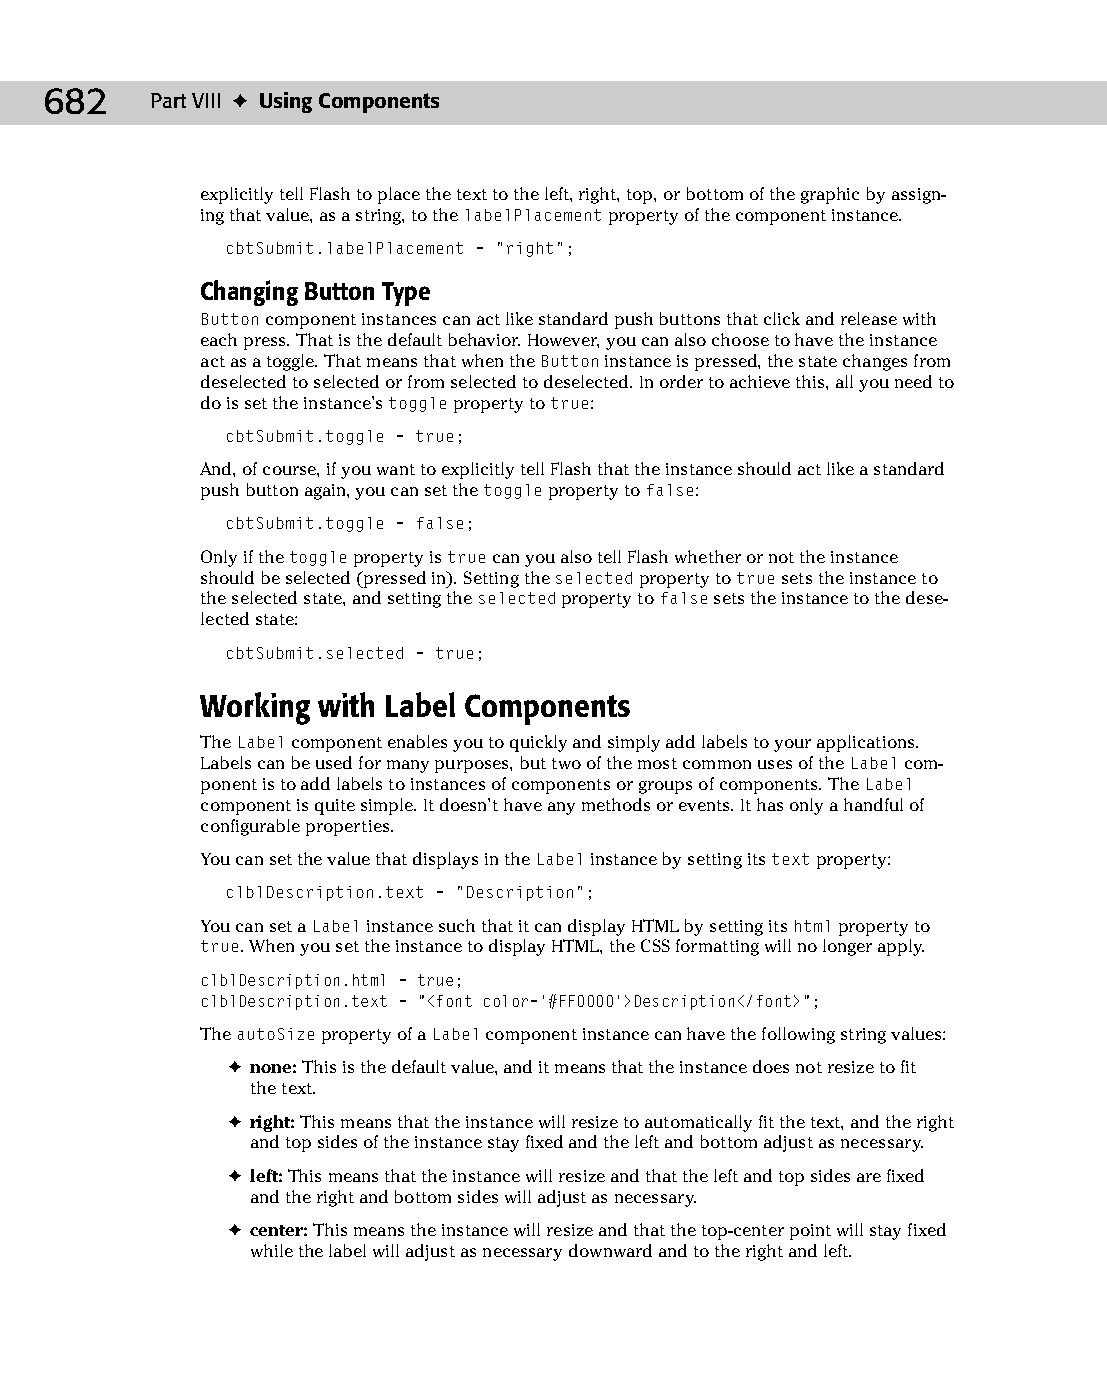
37 543547 ch28.qxd 3/24/04 4:08 PM Page 682
 682    Part VIII ✦ Using Components
 explicitly tell Flash to place the text to the left, right, top, or bottom of the graphic by assign­
 ing that value, as a string, to the labelPlacement property of the component instance.
 cbtSubmit.labelPlacement = “right”;
 Changing Button Type
 Button component instances can act like standard push buttons that click and release with
 each press. That is the default behavior. However, you can also choose to have the instance
 act as a toggle. That means that when the Button instance is pressed, the state changes from
 deselected to selected or from selected to deselected. In order to achieve this, all you need to
 do is set the instance’s toggle property to true:
 cbtSubmit.toggle = true;
 And, of course, if you want to explicitly tell Flash that the instance should act like a standard
 push button again, you can set the toggle property to false:
 cbtSubmit.toggle = false;
 Only if the toggle property is true can you also tell Flash whether or not the instance
 should be selected (pressed in). Setting the selected property to true sets the instance to
 the selected state, and setting the selected property to false sets the instance to the dese­
 lected state:
 cbtSubmit.selected = true;
 Working with Label Components
 The Label component enables you to quickly and simply add labels to your applications.
 Labels can be used for many purposes, but two of the most common uses of the Label com­
 ponent is to add labels to instances of components or groups of components. The Label
 component is quite simple. It doesn’t have any methods or events. It has only a handful of
 configurable properties.
 You can set the value that displays in the Label instance by setting its text property:
 clblDescription.text = “Description”;
 You can set a Label instance such that it can display HTML by setting its html property to
 true. When you set the instance to display HTML, the CSS formatting will no longer apply.
 clblDescription.html = true;
 clblDescription.text = “<font color=’#FF0000’>Description</font>”;
 The autoSize property of a Label component instance can have the following string values:
 ✦ none: This is the default value, and it means that the instance does not resize to fit
 the text.
 ✦ right: This means that the instance will resize to automatically fit the text, and the right
 and top sides of the instance stay fixed and the left and bottom adjust as necessary.
 ✦ left: This means that the instance will resize and that the left and top sides are fixed
 and the right and bottom sides will adjust as necessary.
 ✦ center: This means the instance will resize and that the top-center point will stay fixed
 while the label will adjust as necessary downward and to the right and left.